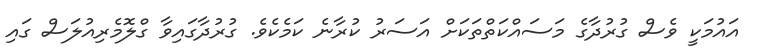
އައުމަކީ ވެސް ގުރުދާގެ މަސައްކަތްތަކަށް އަސަރު ކުރާނެ ކަމެކެވެ. ގުރުދާގައިވާ ގްލޮމެރިއުލަސް ގައި